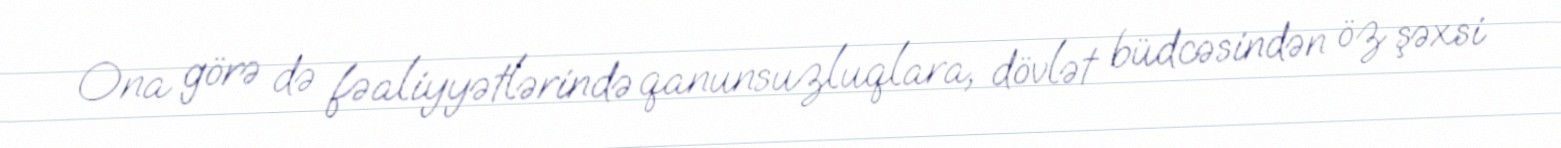
Ona görə də fəaliyyətlərində qanunsuzluqlara, dövlət büdcəsindən öz şəxsi